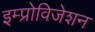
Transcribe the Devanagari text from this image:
इम्प्रोविजेशन